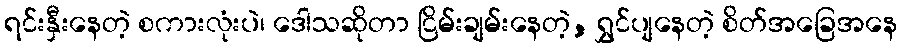
ရင်းနှီးနေတဲ့ စကားလုံးပဲ၊ ဒေါသဆိုတာ ငြိမ်းချမ်းနေတဲ့, ရွှင်ပျနေတဲ့ စိတ်အခြေအနေ